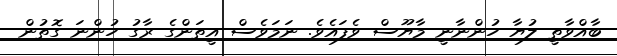
ބާއްވާތީ ލުޔާ ހުންނާނީ މާޔޫސް ވެފައެވެ. ނަމަވެސް އީތަންގެ ރާގު ހުންނަ ގޮތުން